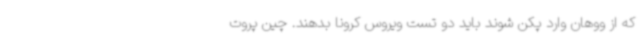
که از ووهان وارد پکن شوند باید دو تست ویروس کرونا بدهند. چین پروت